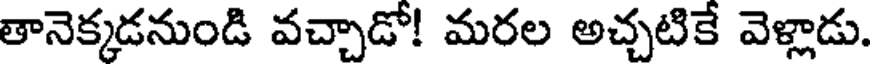
తానెక్కడనుండి వచ్చాడో! మరల అచ్చటికే వెళ్లాడు.